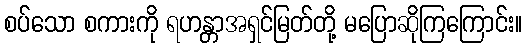
စပ်သော စကားကို ရဟန္တာအရှင်မြတ်တို့ မပြောဆိုကြကြောင်း။